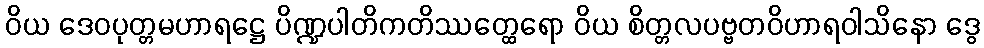
ဝိယ ဒေဝပုတ္တမဟာရဋ္ဌေ ပိဏ္ဍပါတိကတိဿတ္ထေရော ဝိယ စိတ္တလပဗ္ဗတဝိဟာရဝါသိနော ဒွေ